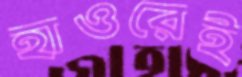
হাওরেই